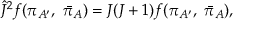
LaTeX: { \hat { J } } ^ { 2 } f ( \pi _ { A ^ { \prime } } , \ { \bar { \pi } } _ { A } ) = J ( J + 1 ) f ( \pi _ { A ^ { \prime } } , \ { \bar { \pi } } _ { A } ) ,